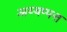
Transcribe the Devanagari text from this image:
अय्यप्पत्त